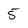
Character: 5